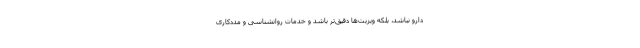
دارو نباشد، بلکه ویزیت‌ها دقیق‌تر باشد و خدمات روانشناسی و مددکاری